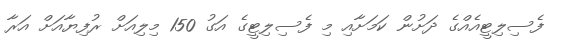
ފެސިލިޓީއެއްގެ ދަށުން ކަމަށާއި މި ފެސިލިޓީގެ އަގު 150 މިލިއަށް ރުފިޔާއަށް އަރާ